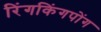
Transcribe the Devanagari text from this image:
रिंगकिंगपोंग